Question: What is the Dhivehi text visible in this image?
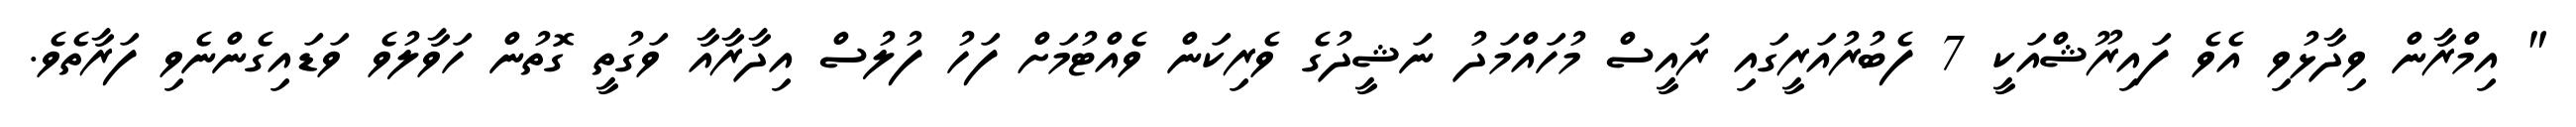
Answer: " އިމްރާން ވިދާޅުވި އެވެ ފައިރޫޝްއަކީ 7 ފެބުރުއަރީގައި ރައީސް މުހައްމަދު ނަޝީދުގެ ވެރިކަން ވެއްޓުމަށް ފަހު ފުލުސް އިދާރާއާ ވަގުތީ ގޮތުން ހަވާލުވެ ވަޑައިގެންނެވި ފަރާތެވެ.